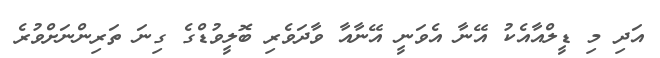
އަދި މި ޑީލްއާއެކު އޭނާ އެވަނީ އޭނާއާ ވާދަވެރި ބޮލީވުޑްގެ ގިނަ ތަރިންނަށްވުރެ